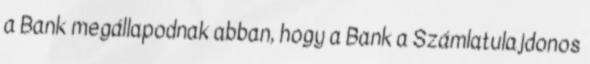
a Bank megállapodnak abban, hogy a Bank a Számlatulajdonos